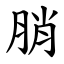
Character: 䏴